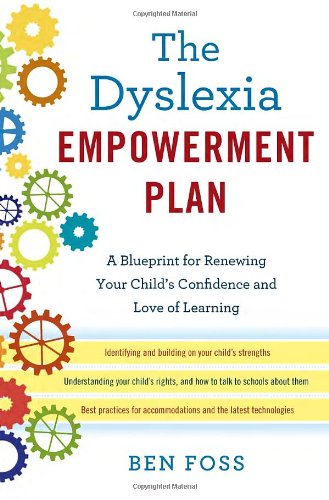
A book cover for The Dyslexia Empowerment Plan: A Blueprint for Renewing Your Child's Confidence and Love of Learning; Ben Foss; Education & Teaching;